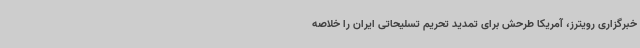
خبرگزاری رویترز، آمریکا طرحش برای تمدید تحریم تسلیحاتی ایران را خلاصه